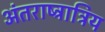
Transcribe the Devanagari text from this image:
अंतराष्ट्रात्रिय